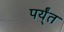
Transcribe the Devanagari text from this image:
पर्य्ंत